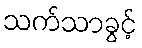
သက်သာခွင့်